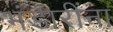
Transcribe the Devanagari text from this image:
भंडारींना